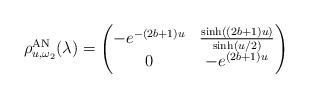
LaTeX: \begin{align*} \rho^{\rm{AN}}_{u,\omega_2}(\lambda) = \begin{pmatrix} -e^{-(2b+1)u} & \frac{\sinh((2b+1)u)}{\sinh(u/2)} \\ 0 & -e^{(2b+1)u} \end{pmatrix}\end{align*}